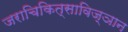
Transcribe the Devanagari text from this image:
जराचिकित्साविज्ञान